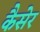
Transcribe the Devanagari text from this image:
कैसेर